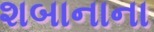
શબાનાના